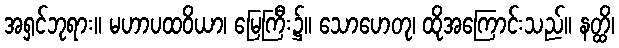
အရှင်ဘုရား။ မဟာပထဝိယာ၊ မြေကြီး၌။ သောဟေတု၊ ထိုအကြောင်းသည်။ နတ္ထိ၊